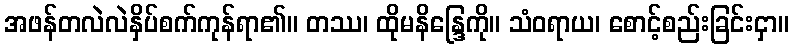
အဖန်တလဲလဲနှိပ်စက်ကုန်ရာ၏။ တဿ၊ ထိုမနိန္ဒြေကို။ သံဝရာယ၊ စောင့်စည်းခြင်းငှာ။